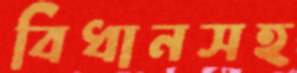
বিধানসহ